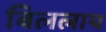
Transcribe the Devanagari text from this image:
बिललाय